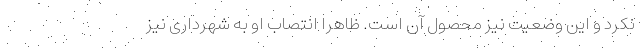
نکرد و این وضعیت نیز محصول آن است. ظاهراً انتصاب او به شهرداری نیز